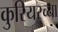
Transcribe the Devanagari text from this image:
कुरियरच्या